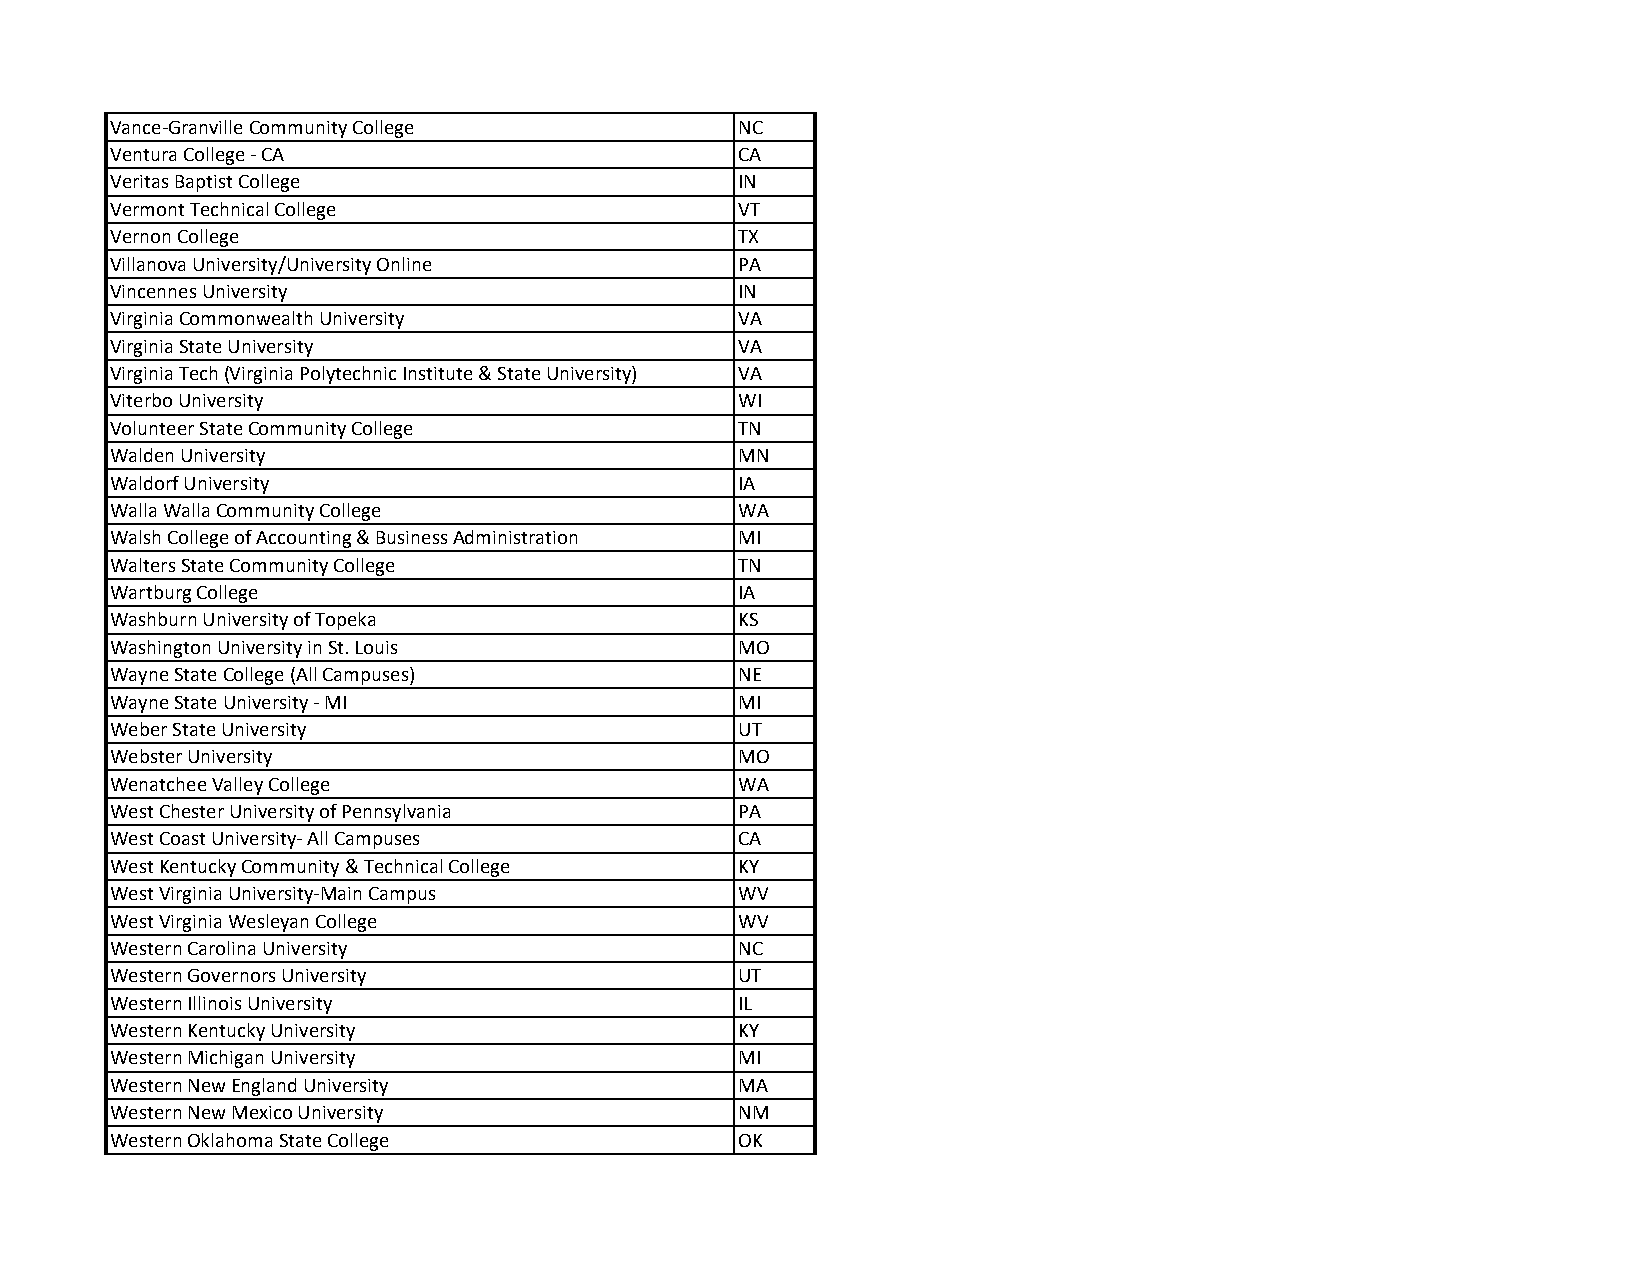
Vance‐Granville Community College         NC
 Ventura College ‐ CA                      CA
 Veritas Baptist College                   IN
 Vermont Technical College                 VT
 Vernon College                            TX
 Villanova University/University Online    PA
 Vincennes University                      IN
 Virginia Commonwealth University          VA
 Virginia State University                 VA
 Virginia Tech (Virginia Polytechnic Institute & State University) VA
 Viterbo University                        WI
 Volunteer State Community College         TN
 Walden University                         MN
 Waldorf University                        IA
 Walla Walla Community College             WA
 Walsh College of Accounting & Business Administration MI
 Walters State Community College           TN
 Wartburg College                          IA
 Washburn University of Topeka             KS
 Washington University in St. Louis        MO
 Wayne State College (All Campuses)        NE
 Wayne State University ‐ MI               MI
 Weber State University                    UT
 Webster University                        MO
 Wenatchee Valley College                  WA
 West Chester University of Pennsylvania   PA
 West Coast University‐ All Campuses       CA
 West Kentucky Community & Technical College KY
 West Virginia University‐Main Campus      WV
 West Virginia Wesleyan College            WV
 Western Carolina University               NC
 Western Governors University              UT
 Western Illinois University               IL
 Western Kentucky University               KY
 Western Michigan University               MI
 Western New England University            MA
 Western New Mexico University             NM
 Western Oklahoma State College            OK